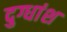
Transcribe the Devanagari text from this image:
दुग्धांश